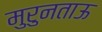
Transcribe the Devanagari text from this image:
मुरुनताऊ